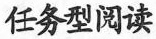
任务型阅读